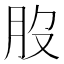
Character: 𦘿